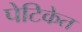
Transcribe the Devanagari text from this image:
पेटिकेत